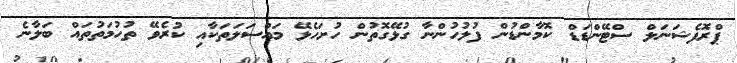
ޕްރޮފެޝަނަލް ސްޓޭންޑަޑް ކޮމާންޑުން ފުލުހުންނާ ގުޅޭގޮތުން ހުށަހެޅޭ މައްސަލަތަކާއި ކުރެވޭ ތުހުމަތުތައް ބަލާނެ